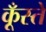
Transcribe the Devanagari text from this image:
कूँस्ते